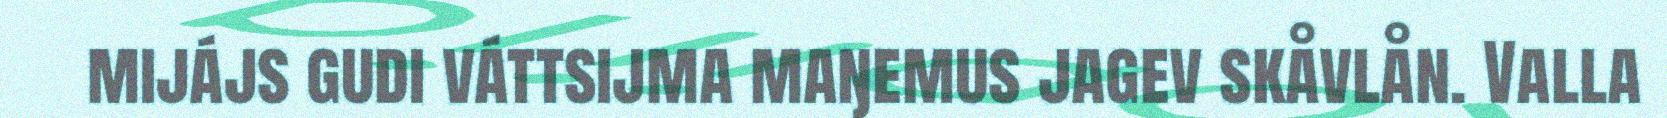
mijájs gudi váttsijma maŋemus jagev skåvlån. Valla